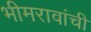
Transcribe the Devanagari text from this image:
भीमरावांची